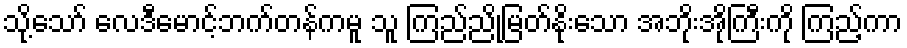
သို့သော် လေဒီမောင့်ဘက်တန်ကမူ သူ ကြည်ညိုမြတ်နိုးသော အဘိုးအိုကြီးကို ကြည့်ကာ